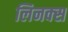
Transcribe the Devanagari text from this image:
लिनक्‍स